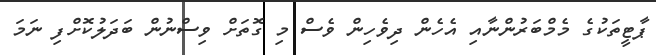
ޕާޓީތަކުގެ މެމްބަރުންނާއި އެހެން ދިވެހިން ވެސް މި ގޮތަށް ވިސްނުން ބަދަލުކޮށްފި ނަމަ